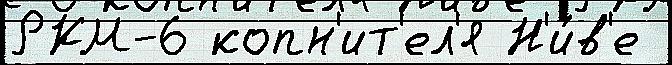
РКМ-6 копн'ит'ел'я Н'и́в'е